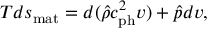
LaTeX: T d s _ { \mathrm { m a t } } = d ( \hat { \rho } c _ { \mathrm { p h } } ^ { 2 } v ) + \hat { p } d v ,